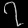
Digit: ၇